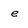
Character: e